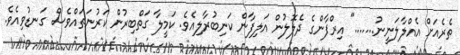
ތެރެއަށް އެއްލާލަނީނު......." އިރްފާންގެ ދެލޮލުން އަލިފާން ކަނިބުރާލިއެވެ. ކަމީލާ ގަތްބިރުން ކަރުނަތައްވެސް ގަނޑުވިއެވެ.